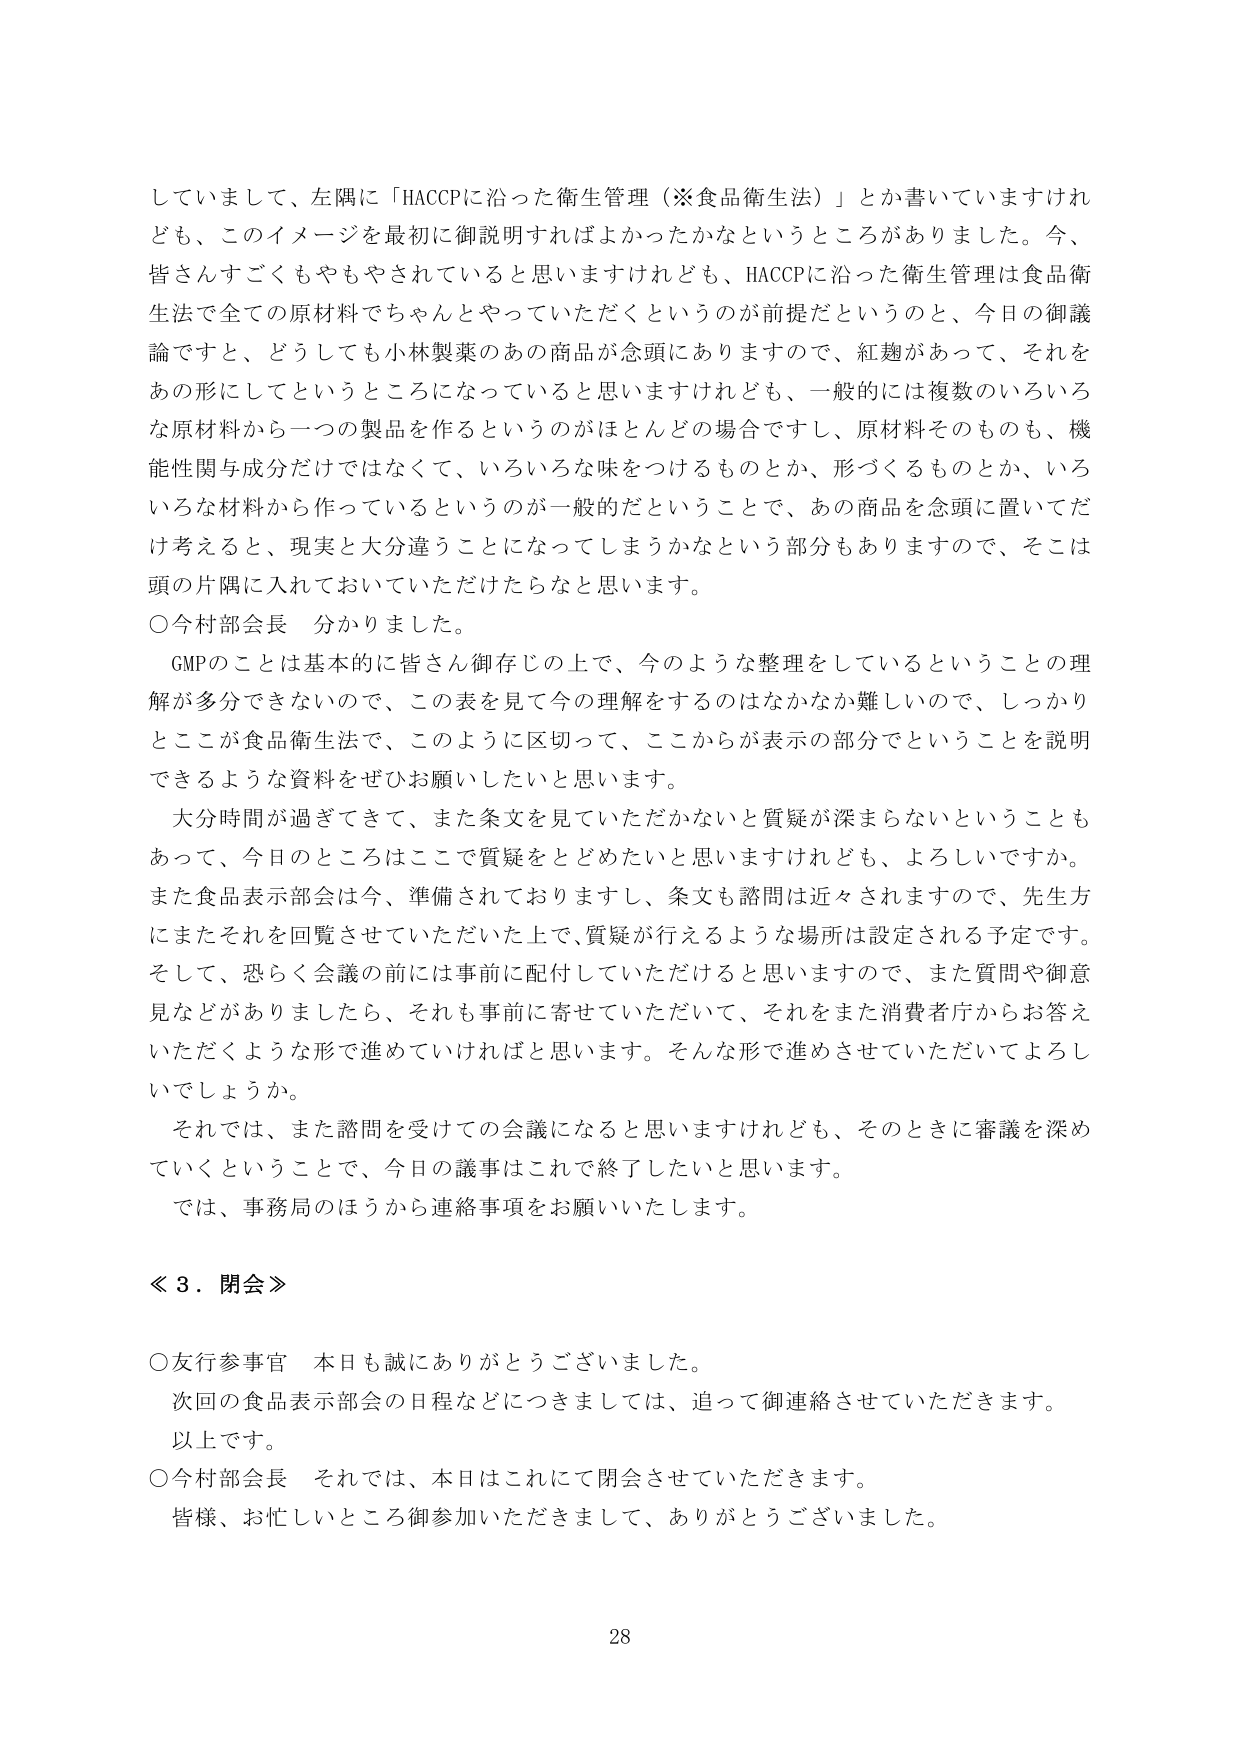
していまして、左隅に「HACCPに沿った衛生管理（※食品衛生法）」とか書いていますけれども、このイメージを最初に御説明すればよかったかなというところがありました。今、皆さんすごくもやもやされていると思いますけれども、HACCPに沿った衛生管理は食品衛生法で全ての原材料でちゃんとやっていただくというのが前提だというのと、今日の御議論ですと、どうしても小林製薬のあの商品が念頭にありますので、紅麹があって、それをあの形にしてというところになっていると思いますけれども、一般的には複数のいろいろな原材料から一つの製品を作るというのがほとんどの場合ですし、原材料そのものも、機能性関与成分だけではなくて、いろいろな味をつけるものとか、形づくるものとか、いろいろな材料から作っているというのが一般的だということで、あの商品を念頭に置いてだけ考えると、現実と大分違うことになってしまうかなという部分もありますので、そこは頭の片隅に入れておいていただけたらなと思います。

○今村部会長　分かりました。

　GMPのことは基本的に皆さん御存じの上で、今のような整理をしているということの理解が多分できないので、この表を見て今の理解をするのはなかなか難しいので、しっかりとここが食品衛生法で、このように区切って、ここからが表示の部分でということを説明できるような資料をぜひお願いしたいと思います。

　大分時間が過ぎてきて、また条文を見ていただかないと質疑が深まらないということもあって、今日のところはここで質疑をとどめたいと思いますけれども、よろしいですか。また食品表示部会は今、準備されておりますし、条文も諮問は近々されますので、先生方にまたそれを回覧させていただいた上で、質疑が行えるような場所は設定される予定です。そして、恐らく会議の前には事前に配付していただけると思いますので、また質問や御意見などがありましたら、それも事前に寄せていただいて、それをまた消費者庁からお答えいただくような形で進めていけばと思います。そんな形で進めさせていただいてよろしいでしょうか。

　それでは、また諮問を受けての会議になると思いますけれども、そのときに審議を深めていくということで、今日の議事はこれで終了したいと思います。

　では、事務局のほうから連絡事項をお願いいたします。

≪３．閉会≫

○友行参事官　本日も誠にありがとうございました。

　次回の食品表示部会の日程などにつきましては、追って御連絡させていただきます。

　以上です。

○今村部会長　それでは、本日はこれにて閉会させていただきます。

　皆様、お忙しいところ御参加いただきまして、ありがとうございました。

28